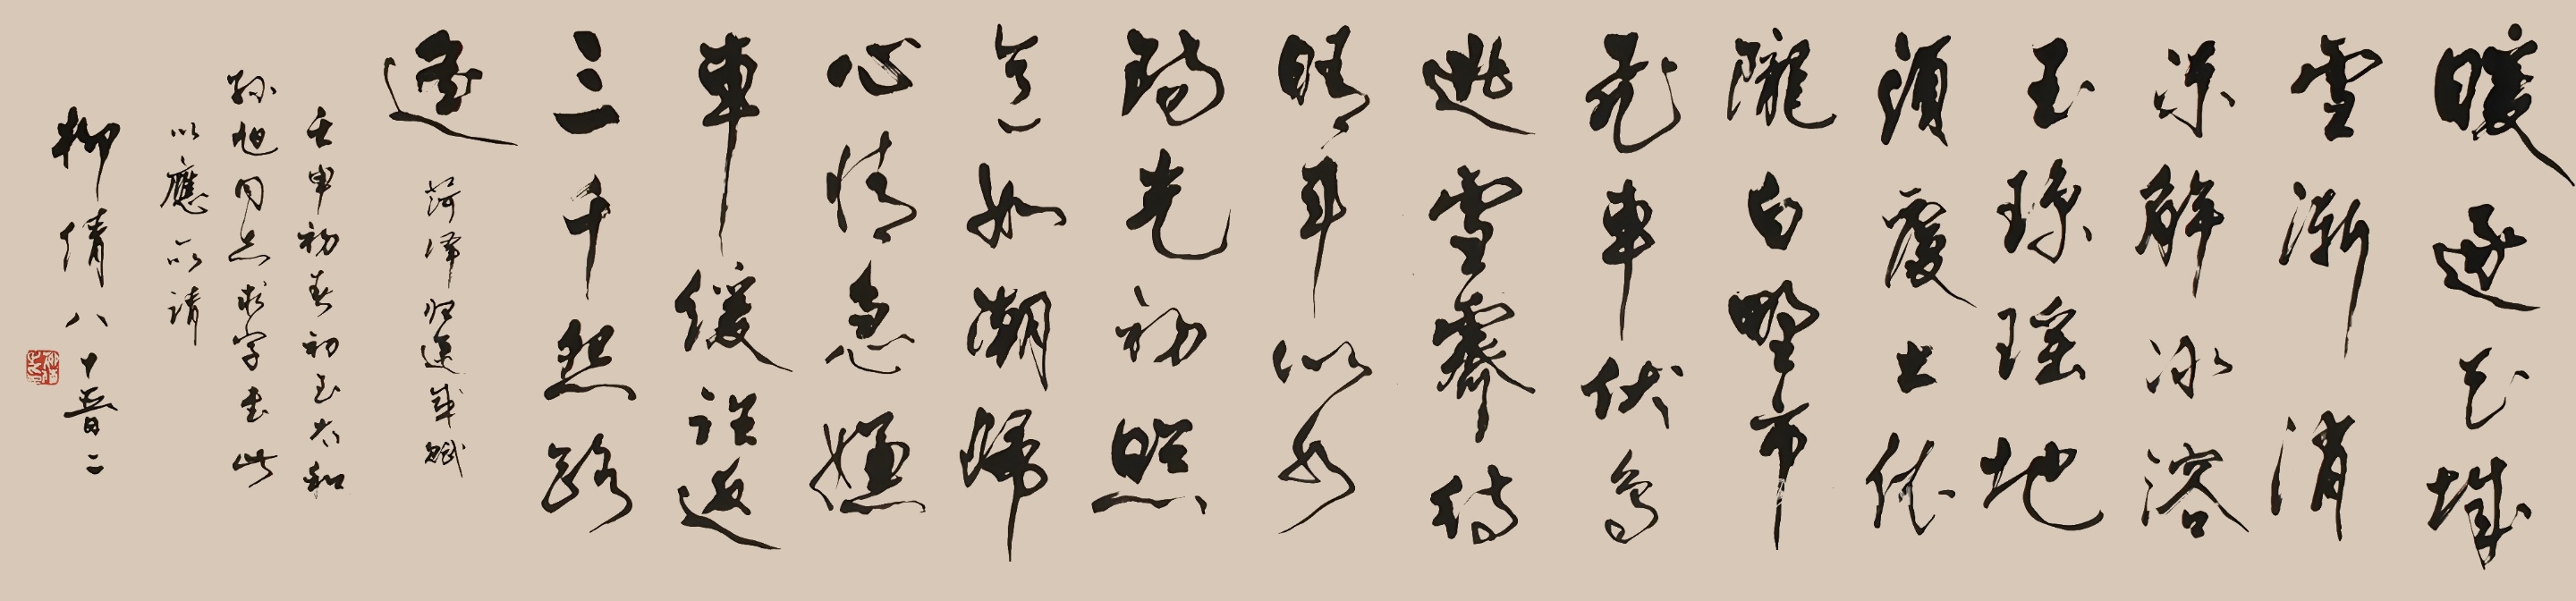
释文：暖逐玉城雪渐消，冻解冰溶玉琼瑶。地须处出依陇白，野市飞车伏多逃，雪霁待晴年似水。阳光初照意如潮，归心情急车缓，往返三千怨路逢。菏泽归运成赋。壬申初春，初到太和，孙旭同志求字到此以应所请，柳倩八十晋二。